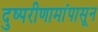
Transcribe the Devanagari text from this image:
दुष्परीणामांपासून